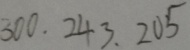
3 0 0 , 2 4 3 , 2 0 5